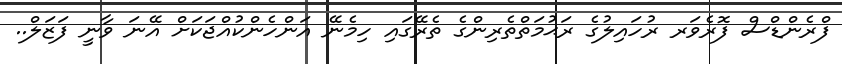
ފްރެންޑްސް ފޮރެވަރ ރުހައިލުގެ ރަޙުމަތްތެރިންގެ ތެރޭގައި ހިމެނޭ އަންހެންކުއްޖަކަށް އޭނަ ވާނީ ފަޒަލް..